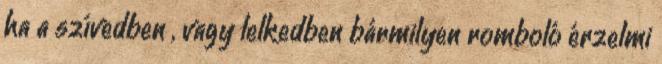
ha a szívedben , vagy lelkedben bármilyen romboló érzelmi